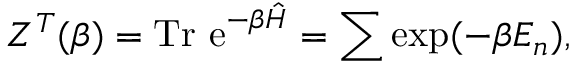
Z ^ { T } ( \beta ) = { \mathrm { T r ~ e } } ^ { - \beta \hat { H } } = \sum \exp ( - \beta E _ { n } ) ,